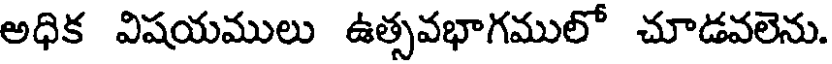
అధిక విషయములు ఉత్సవభాగములో చూడవలెను.